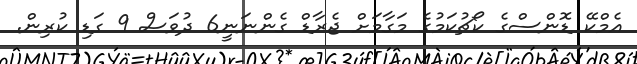
އެމްކޭ ޑޮންސްގެ ކޯޗުކަމުގެ މަގާމަށް ޖެރާޑް ގެންނަނީ6 ދުވަސް 9 ގަޑި ކުރިން.